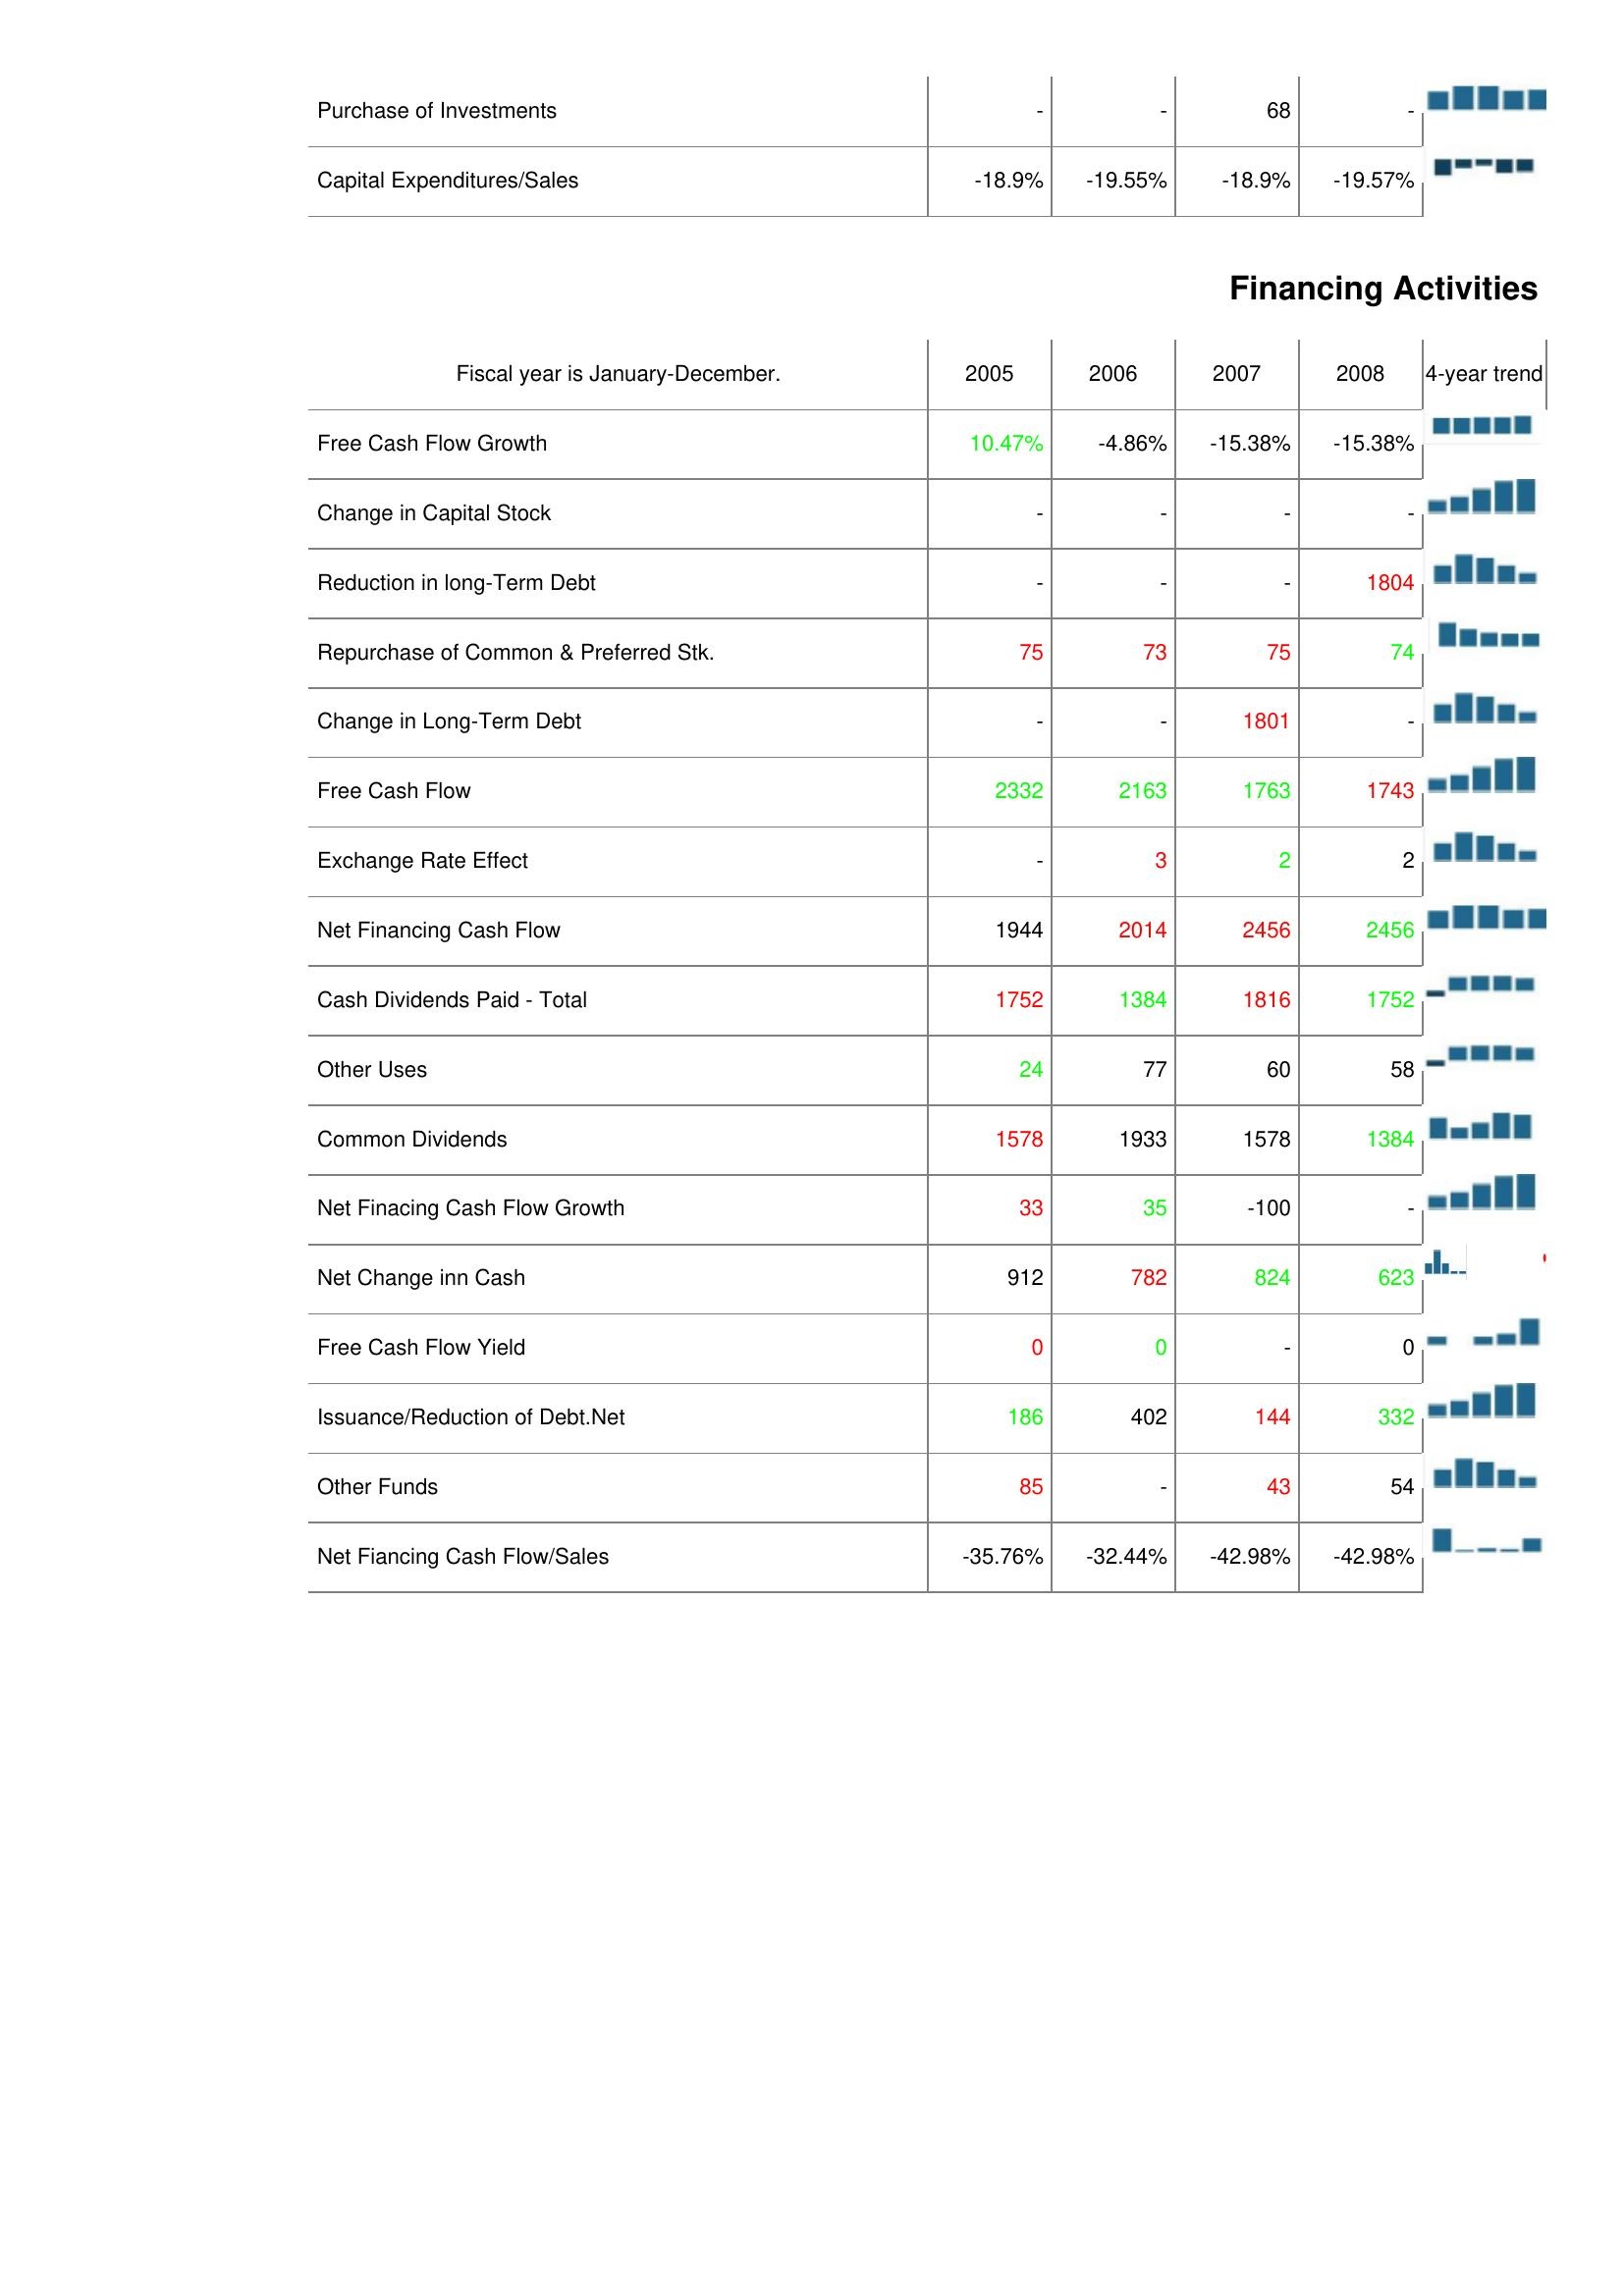
2005: Investing Activities: Purchase of Investments: -
Capital Expenditures/Sales: -18.9%
Financing Activities: Free Cash Flow Growth: 10.47%
Change in Capital Stock: -
Reduction in long-Term Debt: -
Repurchase of Common & Preferred Stk.: 75
Change in Long-Term Debt: -
Free Cash Flow: 2332
Exchange Rate Effect: -
Net Financing Cash Flow: 1944
Cash Dividends Paid - Total: 1752
Other Uses: 24
Common Dividends: 1578
Net Finacing Cash Flow Growth: 33
Net Change inn Cash: 912
Free Cash Flow Yield: 0
Issuance/Reduction of Debt.Net: 186
Other Funds: 85
Net Fiancing Cash Flow/Sales: -35.76%
2006: Investing Activities: Purchase of Investments: -
Capital Expenditures/Sales: -19.55%
Financing Activities: Free Cash Flow Growth: -4.86%
Change in Capital Stock: -
Reduction in long-Term Debt: -
Repurchase of Common & Preferred Stk.: 73
Change in Long-Term Debt: -
Free Cash Flow: 2163
Exchange Rate Effect: 3
Net Financing Cash Flow: 2014
Cash Dividends Paid - Total: 1384
Other Uses: 77
Common Dividends: 1933
Net Finacing Cash Flow Growth: 35
Net Change inn Cash: 782
Free Cash Flow Yield: 0
Issuance/Reduction of Debt.Net: 402
Other Funds: -
Net Fiancing Cash Flow/Sales: -32.44%
2007: Investing Activities: Purchase of Investments: 68
Capital Expenditures/Sales: -18.9%
Financing Activities: Free Cash Flow Growth: -15.38%
Change in Capital Stock: -
Reduction in long-Term Debt: -
Repurchase of Common & Preferred Stk.: 75
Change in Long-Term Debt: 1801
Free Cash Flow: 1763
Exchange Rate Effect: 2
Net Financing Cash Flow: 2456
Cash Dividends Paid - Total: 1816
Other Uses: 60
Common Dividends: 1578
Net Finacing Cash Flow Growth: -100
Net Change inn Cash: 824
Free Cash Flow Yield: -
Issuance/Reduction of Debt.Net: 144
Other Funds: 43
Net Fiancing Cash Flow/Sales: -42.98%
2008: Investing Activities: Purchase of Investments: -
Capital Expenditures/Sales: -19.57%
Financing Activities: Free Cash Flow Growth: -15.38%
Change in Capital Stock: -
Reduction in long-Term Debt: 1804
Repurchase of Common & Preferred Stk.: 74
Change in Long-Term Debt: -
Free Cash Flow: 1743
Exchange Rate Effect: 2
Net Financing Cash Flow: 2456
Cash Dividends Paid - Total: 1752
Other Uses: 58
Common Dividends: 1384
Net Finacing Cash Flow Growth: -
Net Change inn Cash: 623
Free Cash Flow Yield: 0
Issuance/Reduction of Debt.Net: 332
Other Funds: 54
Net Fiancing Cash Flow/Sales: -42.98%